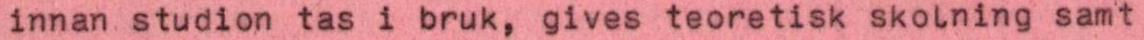
innan studion tas i bruk, gives teoretisk skolning samt